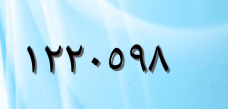
١٢٢٠٥٩٨